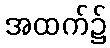
အထက်၌